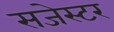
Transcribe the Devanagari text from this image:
सजेस्टर